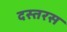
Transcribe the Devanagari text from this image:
दस्तरस